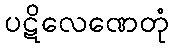
ပဋိလေဏေတုံ